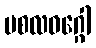
မစလဝဂ္ဂေါ